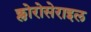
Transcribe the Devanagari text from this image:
क्लोरोसेराइल